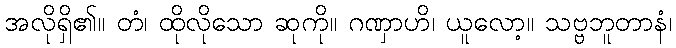
အလိုရှိ၏။ တံ၊ ထိုလိုသော ဆုကို။ ဂဏှာဟိ၊ ယူလော့။ သဗ္ဗဘူတာနံ၊